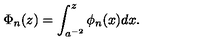
\Phi _ { n } ( z ) = \int _ { a ^ { - 2 } } ^ { z } \phi _ { n } ( x ) d x .